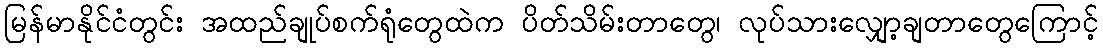
မြန်မာနိုင်ငံတွင်း အထည်ချုပ်စက်ရုံတွေထဲက ပိတ်သိမ်းတာတွေ၊ လုပ်သားလျှော့ချတာတွေကြောင့်